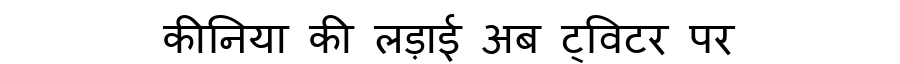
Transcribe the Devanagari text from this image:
कीनिया की लड़ाई अब ट्विटर पर